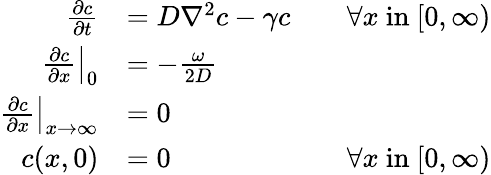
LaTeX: \begin{array}{rlr}{\frac{\partial c}{\partial t}}&{=D\nabla^{2}c-\gamma c}&{\quad\forall x\mathrm{~in~}[0,\infty)}\\ {\left.\frac{\partial c}{\partial x}\right|_{0}}&{=-\frac{\omega}{2D}}\\ {\left.\frac{\partial c}{\partial x}\right|_{x\rightarrow\infty}}&{=0}\\ {c(x,0)}&{=0}&{\forall x\mathrm{~in~}[0,\infty)}\end{array}